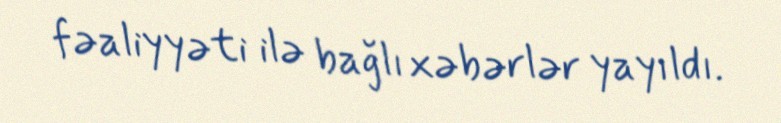
fəaliyyəti ilə bağlı xəbərlər yayıldı.